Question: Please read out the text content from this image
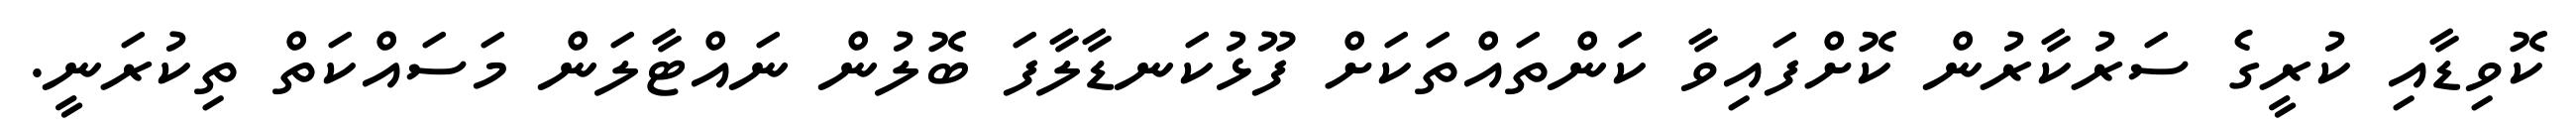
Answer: ކޮވިޑާއި ކުރީގެ ސަރުކާރުން ކޮށްފައިވާ ކަންތައްތަކަށް ފޫޅުކަނޑާލާފަ ބޮލުން ނައްޓާލަން މަސައްކަތް ތިކުރަނީ.